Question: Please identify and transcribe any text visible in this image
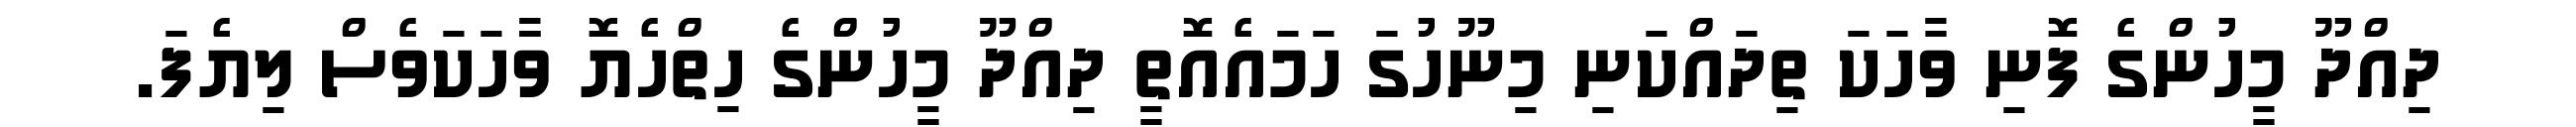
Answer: ދިއްދޫ މީހުންގެ ފޮނި ވާހަކަ ތިދައްކަނި މިނޫހުގަ ހަމައެއޮތީ ދިއްދޫ މީހުންގެ ހިތްހެޔޮ ވާަހަކަވެސް ލިޔެފަ.